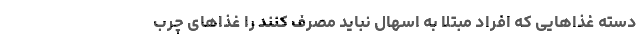
دسته غذاهایی که افراد مبتلا به اسهال نباید مصرف کنند را غذاهای چرب